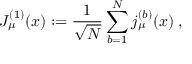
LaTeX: J _ { \mu } ^ { ( 1 ) } ( x ) : = \frac { 1 } { \sqrt { N } } \sum _ { b = 1 } ^ { N } j _ { \mu } ^ { ( b ) } ( x ) \; ,